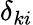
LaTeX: \delta_{ki}